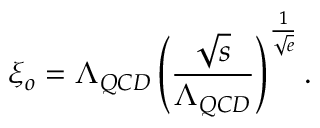
\xi _ { o } = \Lambda _ { Q C D } \left( \frac { \sqrt { s } } { \Lambda _ { Q C D } } \right) ^ { \frac { 1 } { \sqrt { e } } } .